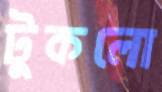
টুকলো